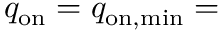
q _ { \mathrm { o n } } = q _ { \mathrm { o n , m i n } } =